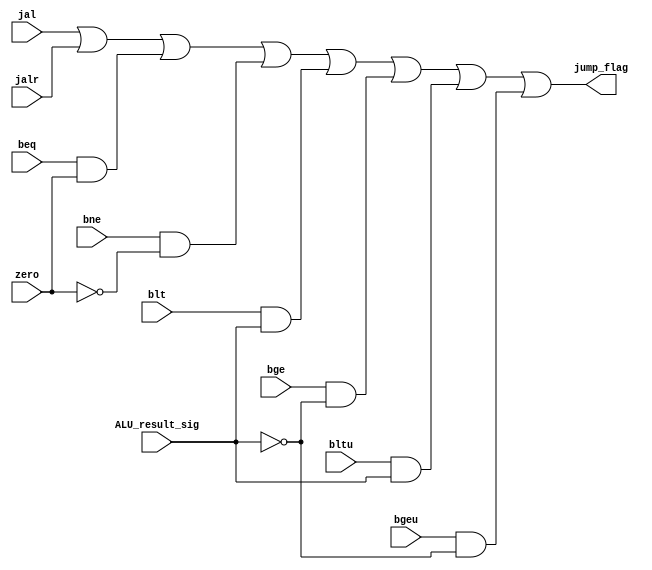

module branch_judge(
  beq,
  bne,
  blt,
  bge,
  bltu,
  bgeu,
  jal,
  jalr,
  zero,
  ALU_result_sig,
  jump_flag

 );
	input beq;
	input bne;
	input blt;
	input bge;
	input bltu;
	input bgeu;
	input jal;
	input jalr;
	
	input zero;
	input ALU_result_sig;
	
	output jump_flag;   //1
	
	assign jump_flag = 	jal |           //ALU_result_sigalu0001
						jalr |
						(beq && zero)|
						(bne && (!zero))|
						(blt && ALU_result_sig)|
						(bge && (!ALU_result_sig))|
						(bltu && ALU_result_sig)|
						(bgeu && (!ALU_result_sig));

endmodule